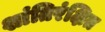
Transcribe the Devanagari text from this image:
शांतिरंक्षित